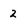
Character: 2